Annual vaccination report of Bihar and Orissa - 1911-1928
Year: 1911
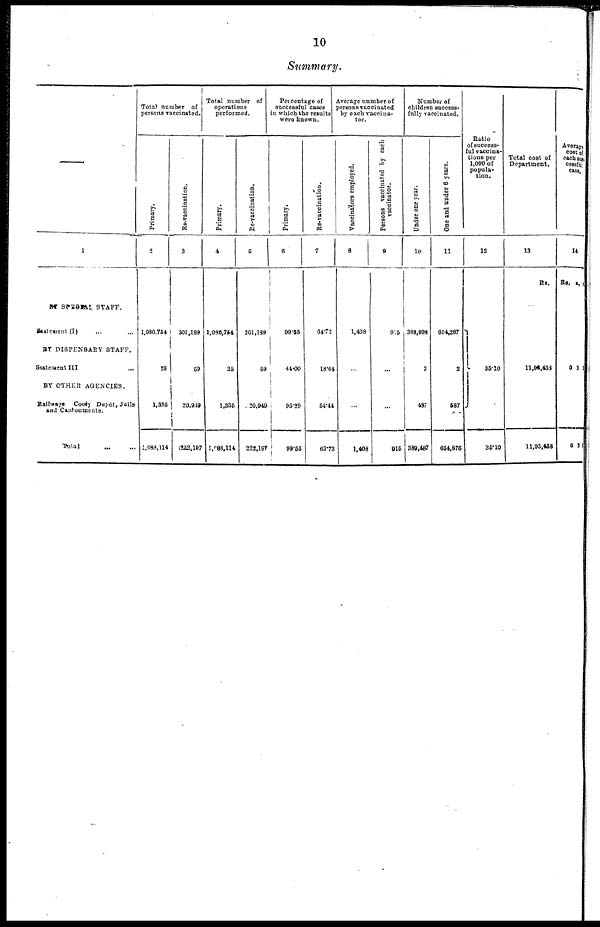
10
Summary.
—
1
BY SPECIAL STAFF.
Satement (I) ... ...
BY DISPENSARY STAFF.
Statement III ...
BY OTHER AGENCIES.
Railways Cooly Depôt, Jails
and Cantonments.
Total
...
...
Total number of
persons vaccinated.
Primary.
2
1,086,754
25
1,335
1,088,114
Re-vaccination.
3
301,189
59
20,949
222,197
Total number of
operations
performed.
Primary.
4
1,086,754
25
1,335
1,088,114
Re-vaccination.
5
201,189
59
20,949
222,197
Percentage of
successful cases
in which the results
were known.
Primary.
6
99.55
44.00
95.29
99.55
Re-vaccination.
7
64.72
18.64
54.44
63.73
Average number of
persons vaccinated
by each vaccina-
tor.
Vaccinators employed.
8
1,408
...
...
1,408
Persons vaccinated by each
vaccinator.
9
9.5
...
...
915
Number of
children success-
fully vaccinated.
Under one year.
10
388,998
2
487
389,487
One and under 6 years.
11
654,287
2
587
654,876
Ratio
of success-
ful vaccina-
tions per
1,000 of
popula-
tion.
12
35.10
35.10
Total cost of
Department.
13
Rs.
11,96,453
11,93,458
Average
cost of
each suc-
cessful
case.
14
Rs. a. p.
0
0
1
2
1
1